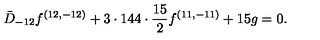
{ \bar { D } _ { - 1 2 } f ^ { ( 1 2 , - 1 2 ) } + 3 \cdot 1 4 4 \cdot { \frac { 1 5 } { 2 } } f ^ { ( 1 1 , - 1 1 ) } + 1 5 g = 0 . }